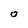
Character: 0